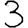
Digit: 3